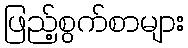
ဖြည့်စွက်စာများ